Civil Veterinary Dept. North-West Frontier Province 1933-46 - 1933-1946
Year: 1933
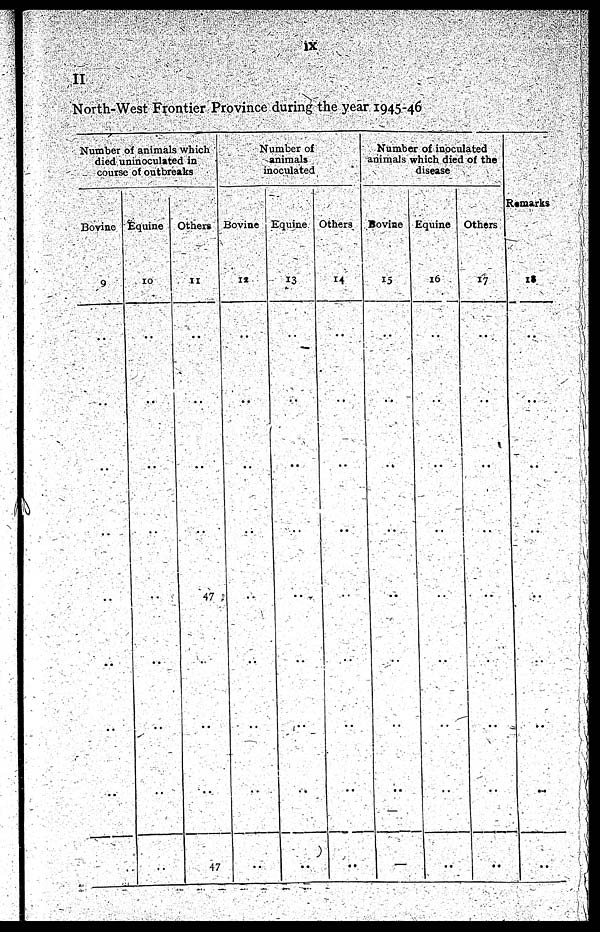
ix
II
North-West Frontier Province during the year 1945-46
Number of animals which
died uninoculated in
course of outbreaks
Bovine
9
..
..
..
..
..
..
..
..
Equine
10
..
..
..
..
..
..
..
..
Others
11
..
..
..
..
47
..
..
..
47
Number of
animals
inoculated
Bovine
12
..
..
..
..
..
..
..
..
..
Equine
13
..
..
..
..
..
..
..
..
..
Others
14
..
..
..
..
..
..
..
..
..
Number of inoculated
animals which died of the
disease
Bovine
15
..
..
..
..
..
..
..
..
—
Equine
16
..
..
..
..
..
..
..
..
..
Others
17
..
..
..
..
..
..
..
..
..
Remarks
18
..
..
..
..
..
..
..
..
..